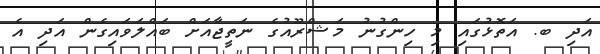
އަދި ބ. އަތޮޅުގައި މި ހިންގުނު މަޝްރޫއުގެ ނަތީޖާއަށް ބައްލަވައިގެން އަދި އެ